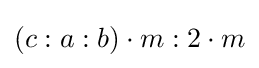
\left(c:a:b\right)\cdot m:2\cdot m